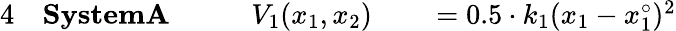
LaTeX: \begin{array}{rlrlrl}{{4}}&{{}\textbf{SystemA}\: \: \: \: }&{}&{{}V_{1}(x_{1},x_{2})}&{}&{{}=0.5\cdot k_{1}(x_{1}-x_{1}^{\circ})^{2}}\end{array}